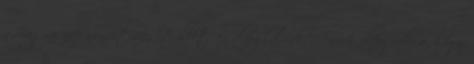
a magyar nép nemzetiségét illetően elfoglalunk. Annak elfogadása, hogy